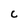
Character: C